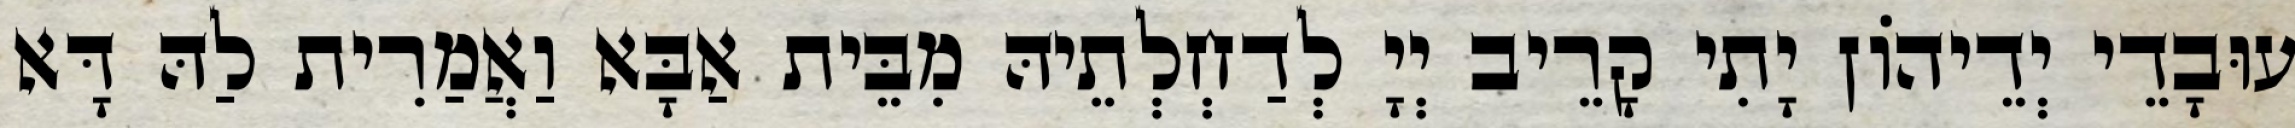
עוּבָדֵי יְדֵיהוֹן יָתִי קָרֵיב יְיָ לְדַחְלְתֵיהּ מִבֵּית אַבָּא וַאֲמַרִית לַהּ דָּא